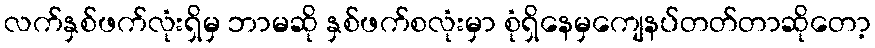
လက်နှစ်ဖက်လုံးရှိမှ ဘာမဆို နှစ်ဖက်စလုံးမှာ စုံရှိနေမှကျေနပ်တတ်တာဆိုတော့